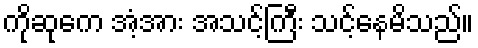
ကိုဆုကေ အံ့အား အသင့်ကြီး သင့်နေမိသည်။